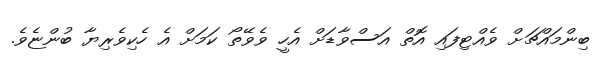
ބިންމައްޗަށް ވެއްޓިފައި އޮތް އަސްވާޑަށް އެހީ ވެވޭތޯ ކަމަށް އެ ހެކިވެރިޔާ ބުންޏެވެ.